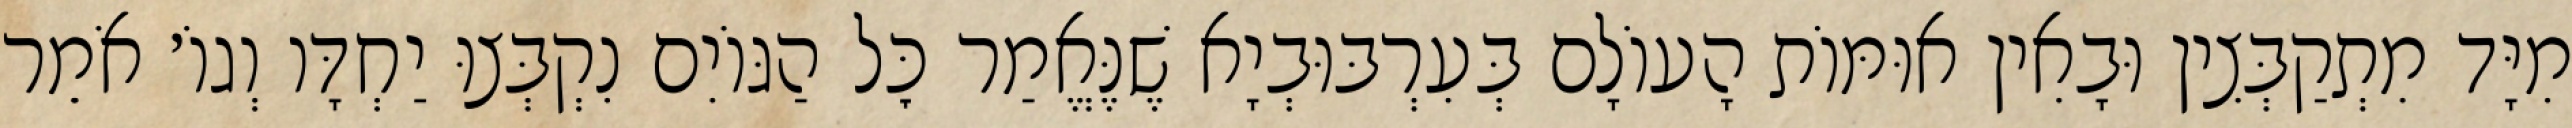
מִיָּד מִתְקַבְּצִין וּבָאִין אוּמּוֹת הָעוֹלָם בְּעִרְבּוּבְיָא שֶׁנֶּאֱמַר כׇּל הַגּוֹיִם נִקְבְּצוּ יַחְדָּו וְגוֹ׳ אֹמֵר